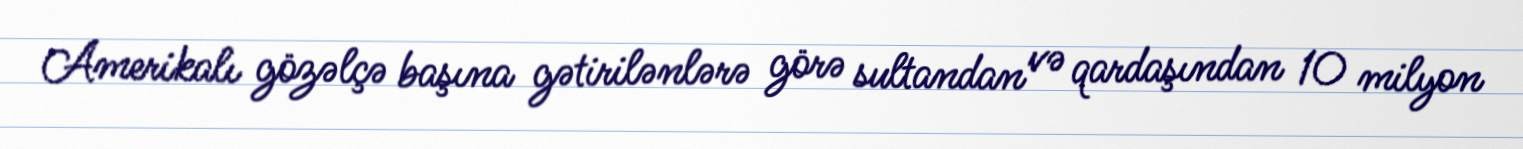
Amerikalı gözəlçə başına gətirilənlərə görə sultandan və qardaşından 10 milyon